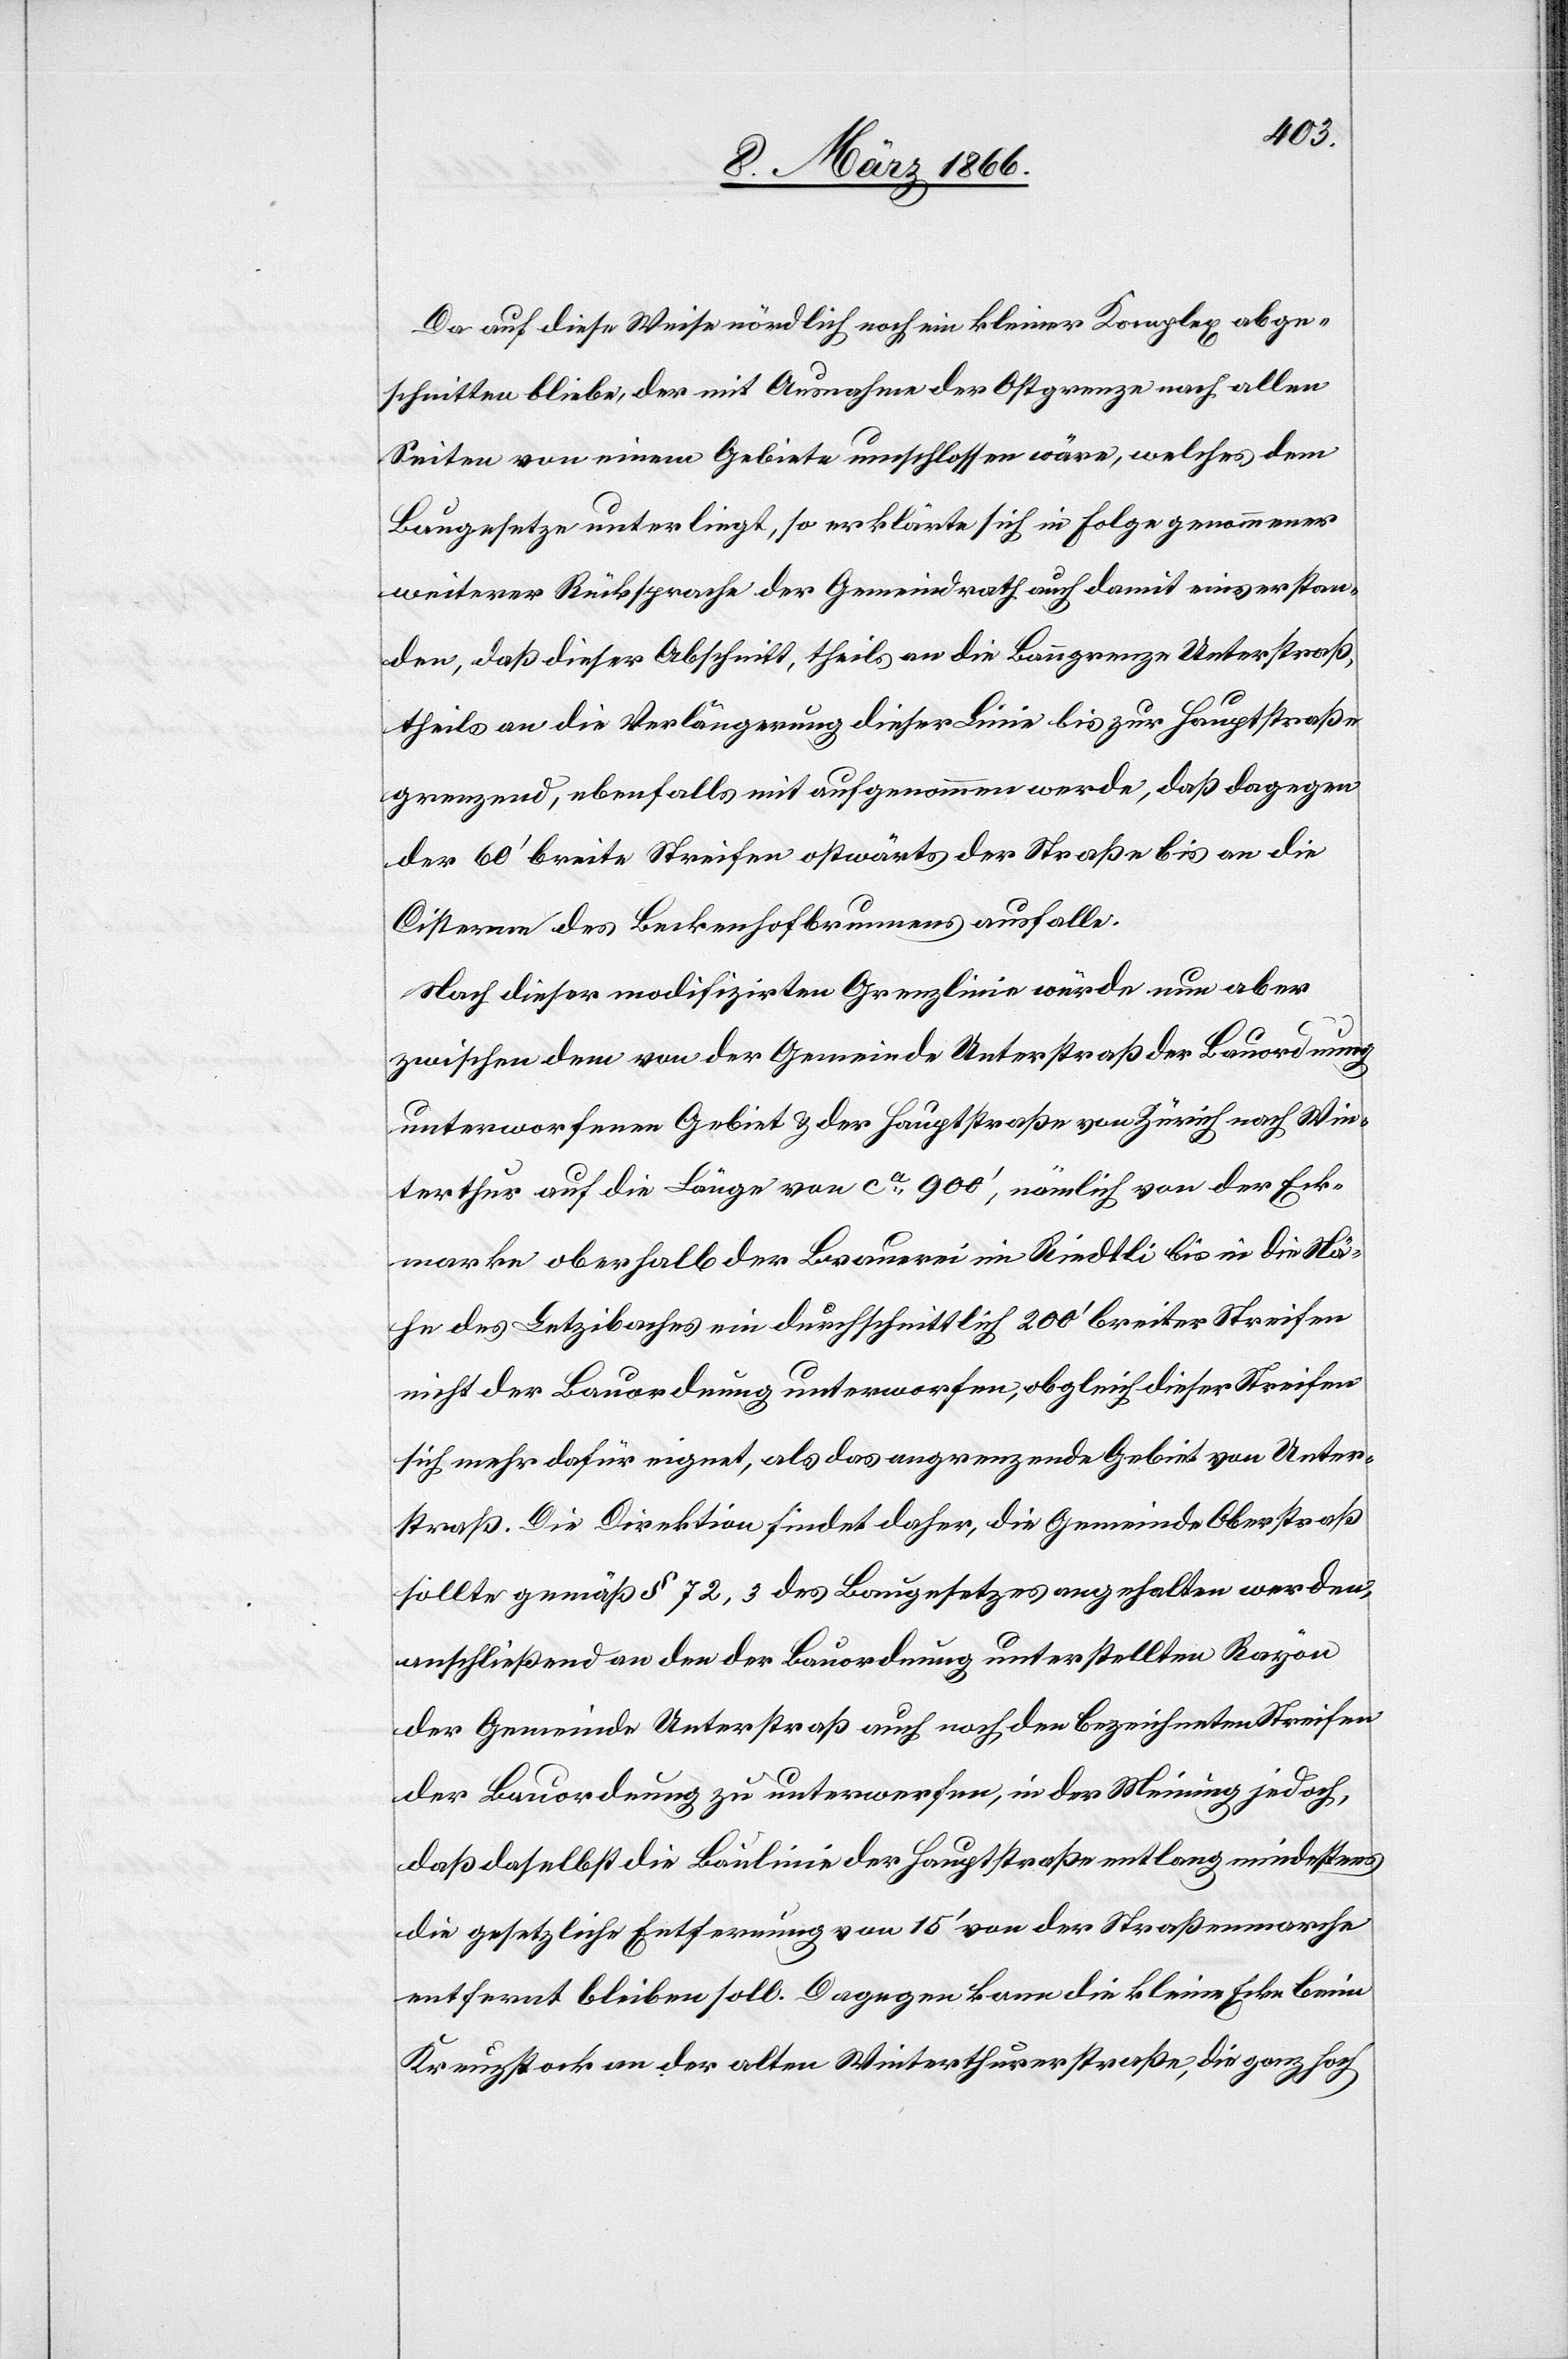
Da auf diese Weise nördlich noch ein kleiner Komplex abge¬
schnitten bliebe, der mit Ausnahme der Ostgrenze nach allen
Seiten von einem Gebiete umschlossen wäre, welches dem
Baugesetze unterliegt, so erklärte sich in Folge genommener
weiterer Rücksprache der Gemeindrath auch damit einverstan¬
den, daß dieser Abschnitt, theils an die Banngrenze Unterstraß,
theils an die Verlängerung dieser Linie bis zur Hauptstraße
grenzend, ebenfalls mit aufgenommen werde, daß dagegen
der 60‘ breite Streifen ostwärts der Straße bis an die
Cisterne des Beckenhofbrunnens ausfalle.
Nach dieser modifizirten Grenzlinie würde nun aber
zwischen dem von der Gemeinde Unterstraß der Bauordnung
unterworfenen Gebiet u. der Hauptstraße von Zürich nach Win¬
terthur auf die Länge von ca. 900‘, namentlich von der Eck¬
marke oberhalb der Brauerei im Riedtli bis in die Nä¬
he des Letzibaches ein durchschnittlich 200‘ breiter Streifen
nicht der Bauordnung unterworfen, obgleich dieser Streifen
sich mehr dafür eignet, als das angrenzende Gebiet von Unter¬
straß. Die Direktion findet daher, die Gemeinde Oberstraß
sollte gemäß § 72, 3 des Baugesetzes angehalten werden,
anschließend an den der Bauordnung unterstellten Rayon
der Gemeinde Unterstraß auch noch den bezeichneten Streifen
der Bauordnung zu unterwerfen, in der Meinung jedoch,
daß daselbst die Baulinie der Hauptstraße entlang mindestens
die gesetzliche Entfernung von 15‘ von der Straßenmarche
entfernt bleiben soll. Dagegen kann die kleine Ecke beim
Kreuzstock an der alten Winterthurerstraße, die ganz hoch